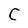
Character: C